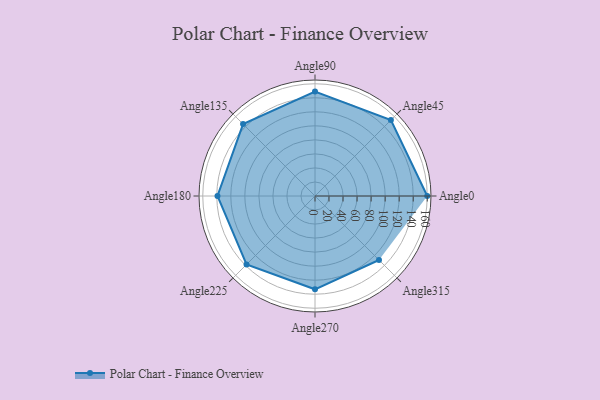
{"axis": {"x": "Angle", "y": "Radius"}, "legend": [""], "data": [{"x": "Angle0", "y": 160.0, "type": ""}, {"x": "Angle45", "y": 153.0, "type": ""}, {"x": "Angle90", "y": 149.0, "type": ""}, {"x": "Angle135", "y": 145.0, "type": ""}, {"x": "Angle180", "y": 139.0, "type": ""}, {"x": "Angle225", "y": 138.0, "type": ""}, {"x": "Angle270", "y": 133.0, "type": ""}, {"x": "Angle315", "y": 129.0, "type": ""}]}